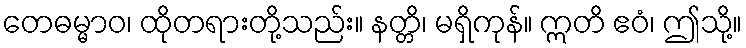
တေဓမ္မာဝ၊ ထိုတရားတို့သည်း။ နတ္တိ၊ မရှိကုန်။ ဣတိ ဧဝံ၊ ဤသို့။